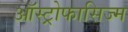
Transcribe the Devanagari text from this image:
ऑस्ट्रोफासिज्म